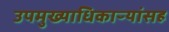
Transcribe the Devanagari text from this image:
उपमुख्याधिकाऱ्यांसह